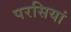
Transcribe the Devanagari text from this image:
परसियां